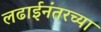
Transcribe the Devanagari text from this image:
लढाईनंतरच्या